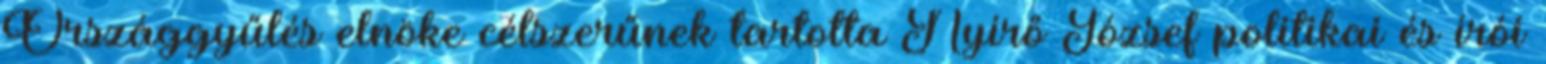
Országgyűlés elnöke célszerűnek tartotta Nyírő József politikai és írói